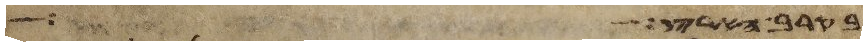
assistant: בקרב הארץ